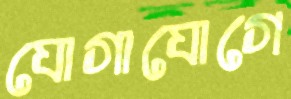
যোগাযোগে